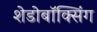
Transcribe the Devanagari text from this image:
शेडोबॉक्सिंग